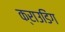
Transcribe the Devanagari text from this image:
क्राउडिंग